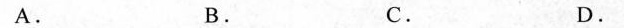
A. B. C. D.